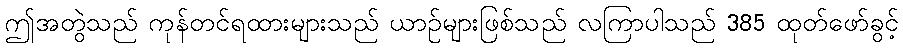
ဤအတွဲသည် ကုန်တင်ရထားများသည် ယာဉ်များဖြစ်သည် လကြာပါသည် 385 ထုတ်ဖော်ခွင့်